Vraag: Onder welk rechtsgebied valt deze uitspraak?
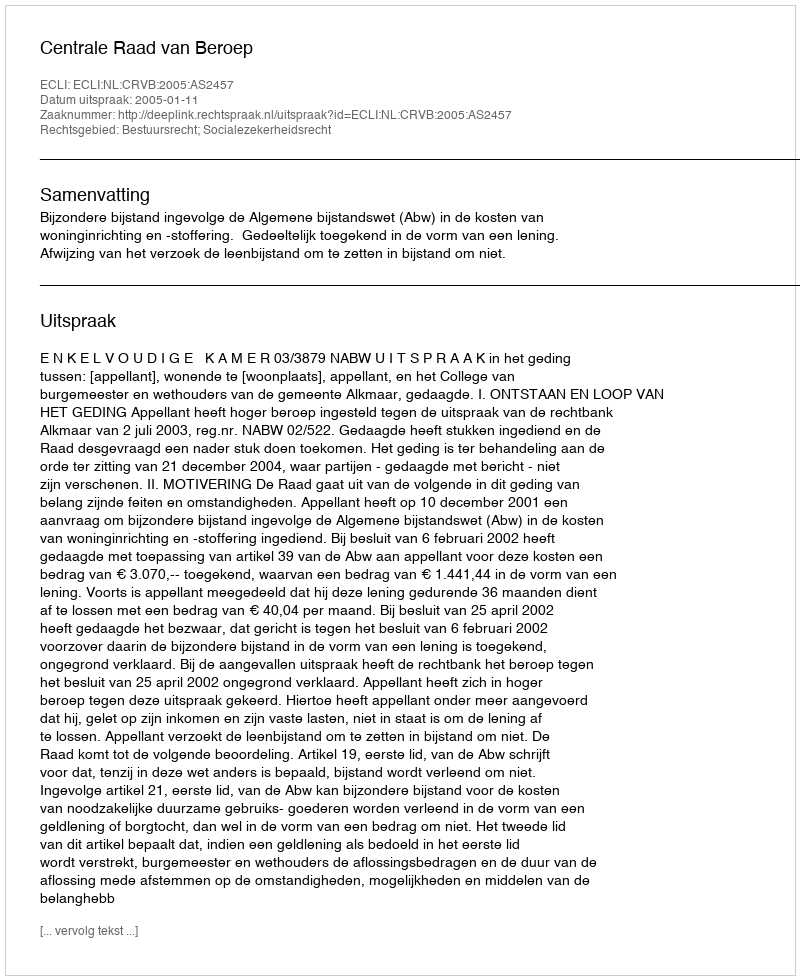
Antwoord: Bestuursrecht; Socialezekerheidsrecht